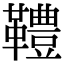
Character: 䪆